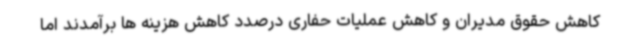
کاهش حقوق مدیران و کاهش عملیات حفاری درصدد کاهش هزینه ها برآمدند اما